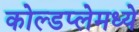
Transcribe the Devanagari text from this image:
कोल्डप्लेमध्ये